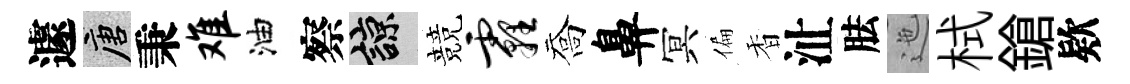
遽唐秉难油察諒競霾喬鼻冥偏香沚胠迤栻鎗欵